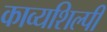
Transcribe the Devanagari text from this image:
काव्यशिल्पी